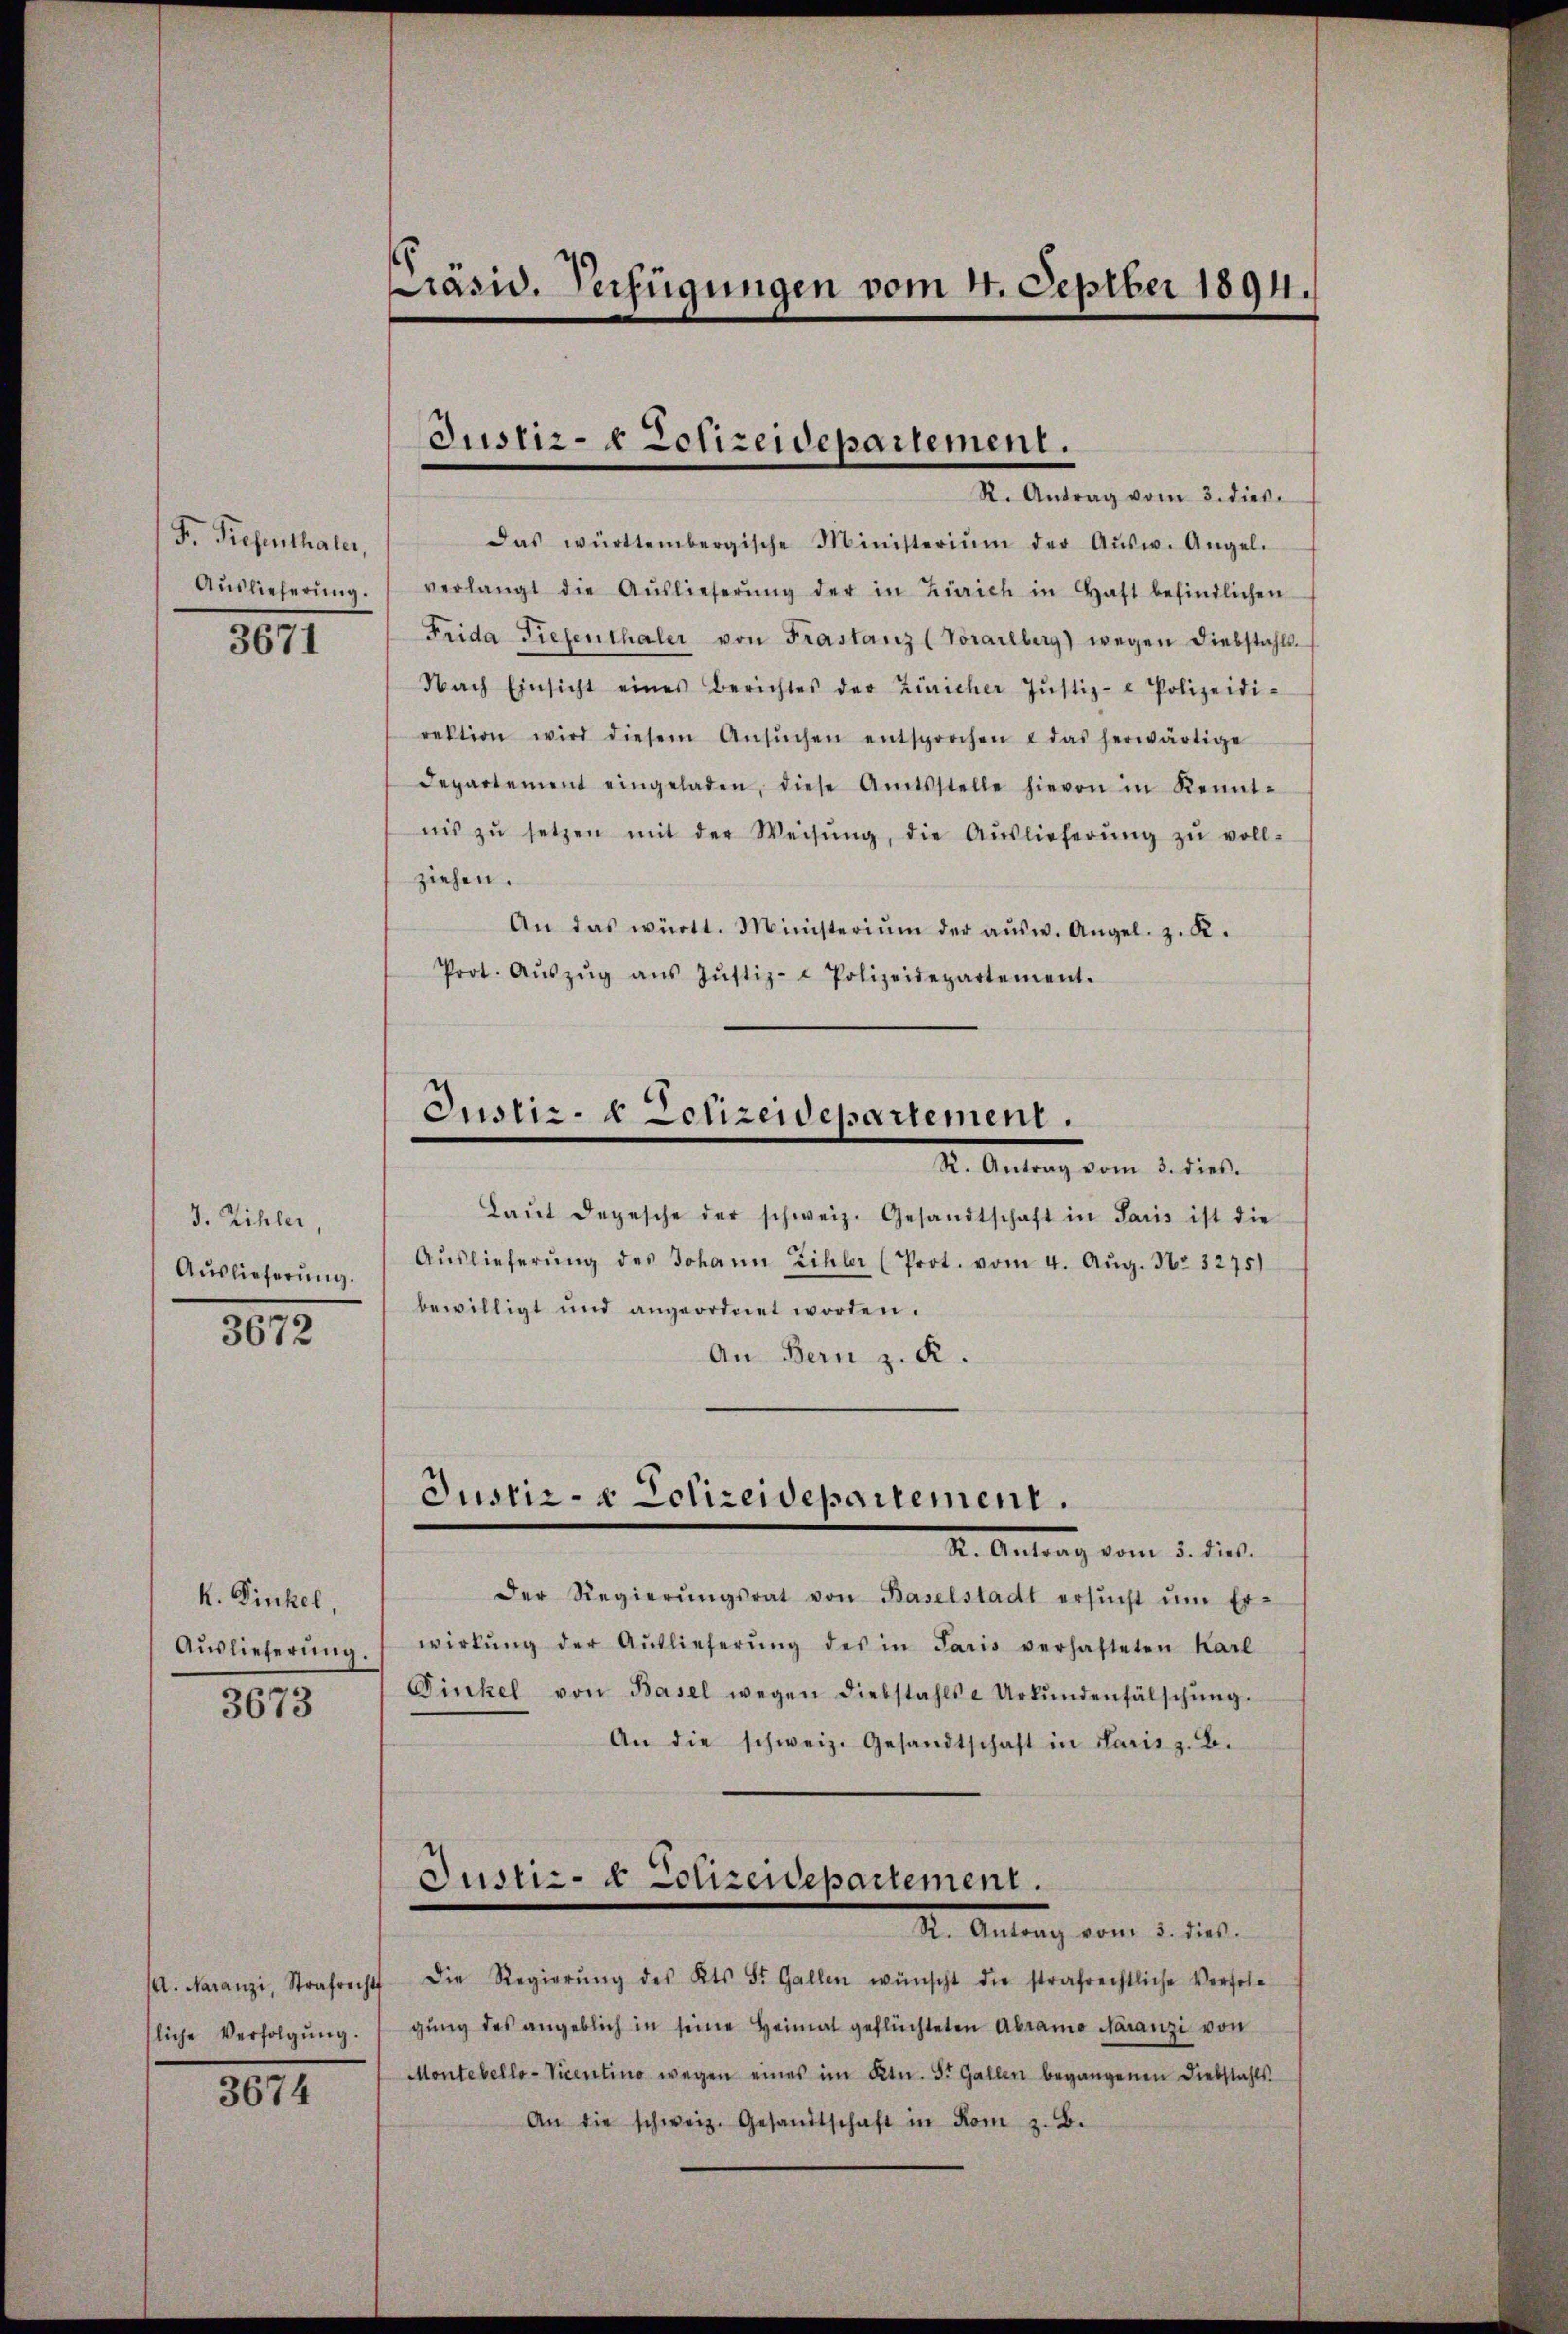
F. Riesenthaler,
3671

J. Zihler,
Auslieferung.
3672

k. Dinkel,
Auslieferung.
3673

sliche Verfolgŭng.

3674

Präsid. Verfügungen vom 4. Septber 1894.

Justiz- & Schreidepartement.
R. Antrag vom 3. dies

Das württembergische Ministerium der Aŭsw. Angel.
Aŭslieferŭng.  verlangt die Aŭslieferŭng der in Zürich in Haft befindlichen
Frida Tiefenthaler von Frastanz (Vorarlberg) wegen Diebstahls
Nach Einsicht eines Berichtes der Züricher Justiz- & Polizeidi-
rektion wird diesem Ansŭchen entsprochen u das herwärtige
Departement eingeladen, diese Amtsstelle hievon in Kennt-
nis zŭ setzen mit der Weisŭng, die Aŭslieferŭng zŭ voll-
ziehen.
An das württ. Ministeriŭm der aŭsw. Angel. z. R.
Prot. Aŭszŭg aŭs Jŭstiz- & Polizeidepartement.

Justiz- & Polizeidepartement.
R. Antrag vom 3. dies.

Laŭt Depesche der schweiz. Gesandtschaft in Paris ist die
Aŭslieferŭng des Johann Zihler (Prot. vom 4. Aŭg. Nr. 3275)
bewilligt und angeordnet worden.
An Bern z. K.

Justiz- & Polizeidepartement.

S. Antrag vom 5. dies.
Der Regierŭngsrat von Baselstadt ersŭcht ŭm Er-
wirkŭng der Auslieferŭng des in Paris verhafteten Karl
Finkel von Basel wegen diebstahls - Urkŭndenfälschŭng.
An die schweiz. Gesandtschaft in Paris z. B.
Justiz- & Polizeidepartement.
Dr. Antrag vom 5. d.
/A. daranzi, Strafrecht die Regierŭng des Kts. St. Gallen wünscht die strafrechtliche Verfolg
gŭng des angeblich in seine Heimat geflüchteten Abramo Maranzi von
Montebello-Vicentino wegen eines im Ktn. St. Gallen begangenen Diebstahls
An die schweiz. Gesandtschaft in Rom z. B.